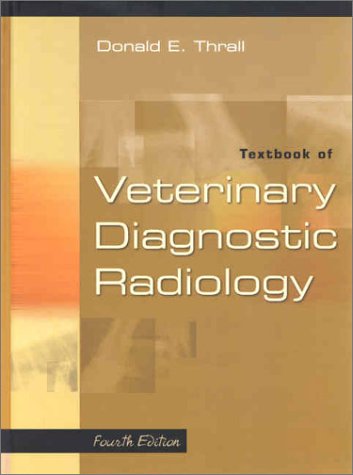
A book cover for Textbook of Veterinary Diagnostic Radiology, 4e; Donald E. Thrall DVM  PhD  DACVR; Medical Books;